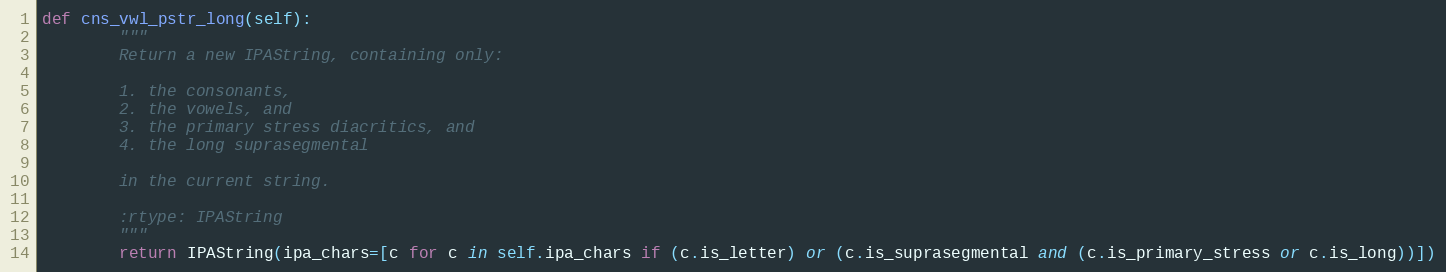
Language: Python
def cns_vwl_pstr_long(self):
        """
        Return a new IPAString, containing only:

        1. the consonants,
        2. the vowels, and
        3. the primary stress diacritics, and
        4. the long suprasegmental

        in the current string.

        :rtype: IPAString
        """
        return IPAString(ipa_chars=[c for c in self.ipa_chars if (c.is_letter) or (c.is_suprasegmental and (c.is_primary_stress or c.is_long))])